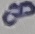
Text: 8